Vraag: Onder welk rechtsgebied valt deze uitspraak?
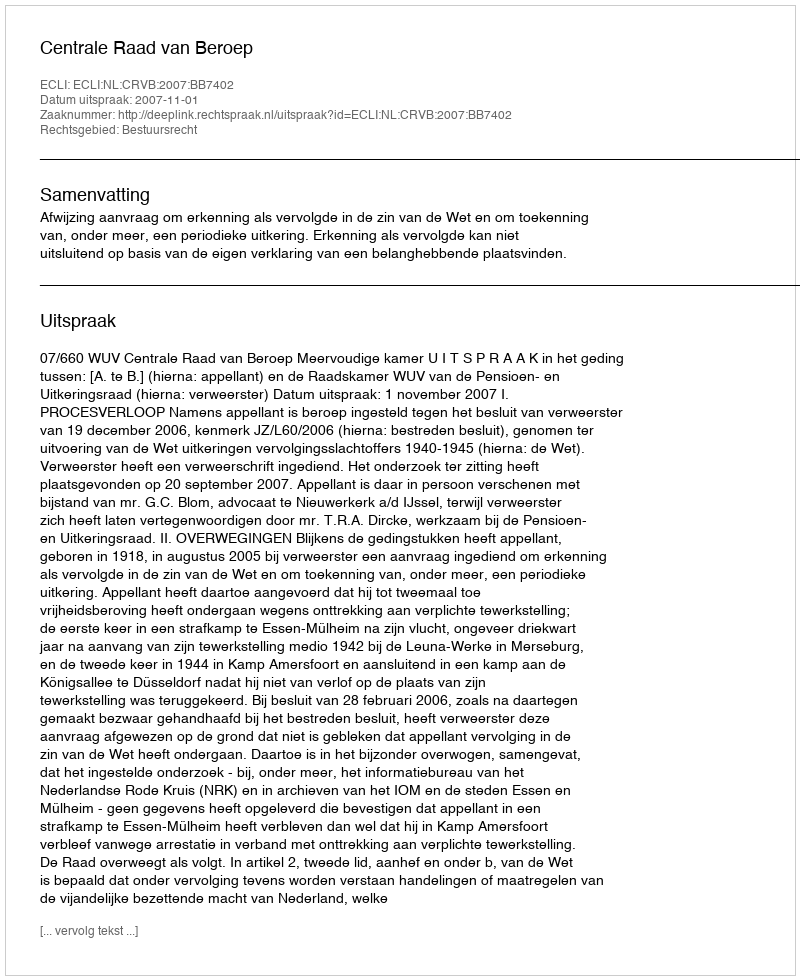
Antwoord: Bestuursrecht